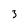
Character: 3